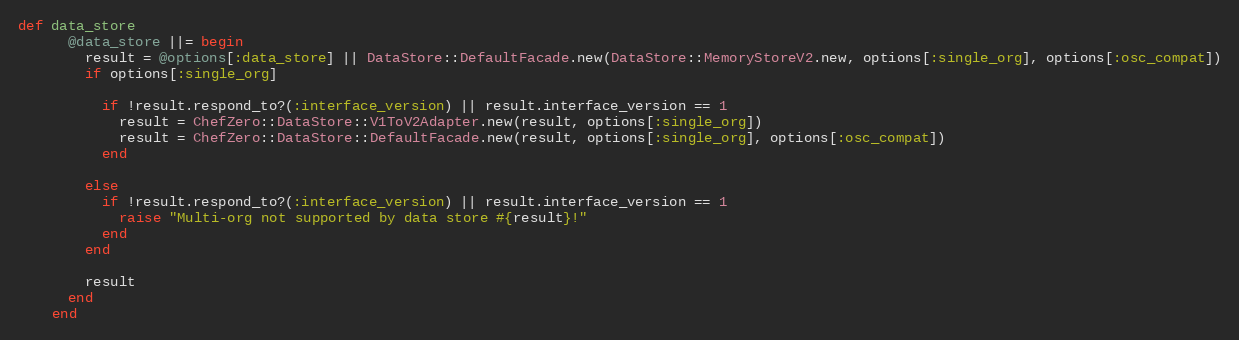
Language: Ruby
def data_store
      @data_store ||= begin
        result = @options[:data_store] || DataStore::DefaultFacade.new(DataStore::MemoryStoreV2.new, options[:single_org], options[:osc_compat])
        if options[:single_org]

          if !result.respond_to?(:interface_version) || result.interface_version == 1
            result = ChefZero::DataStore::V1ToV2Adapter.new(result, options[:single_org])
            result = ChefZero::DataStore::DefaultFacade.new(result, options[:single_org], options[:osc_compat])
          end

        else
          if !result.respond_to?(:interface_version) || result.interface_version == 1
            raise "Multi-org not supported by data store #{result}!"
          end
        end

        result
      end
    end